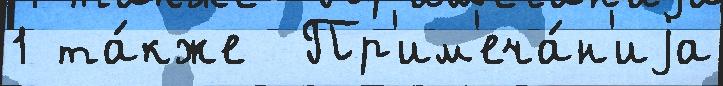
1 та́кже  Пр'им'еча́н'иjа